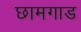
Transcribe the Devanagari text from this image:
छामगाड